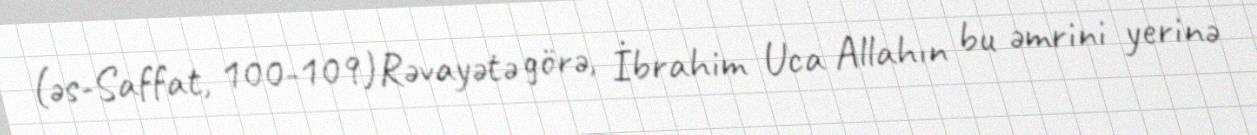
(əs-Saffat, 100-109)Rəvayətə görə, İbrahim Uca Allahın bu əmrini yerinə